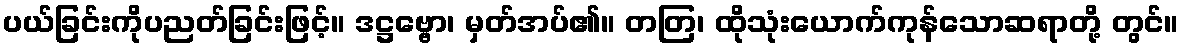
ပယ်ခြင်းကိုပညတ်ခြင်းဖြင့်။ ဒဋ္ဌဗ္ဗော၊ မှတ်အပ်၏။ တတြ၊ ထိုသုံးယောက်ကုန်သောဆရာတို့ တွင်။